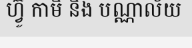
ហ្វ៊ូ កាមិ និង បណ្ណាល័យ